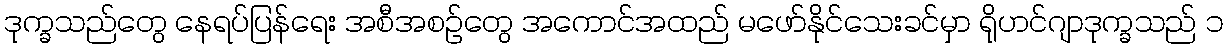
ဒုက္ခသည်တွေ နေရပ်ပြန်ရေး အစီအစဉ်တွေ အကောင်အထည် မဖော်နိုင်သေးခင်မှာ ရိုဟင်ဂျာဒုက္ခသည် ၁